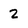
Character: 2